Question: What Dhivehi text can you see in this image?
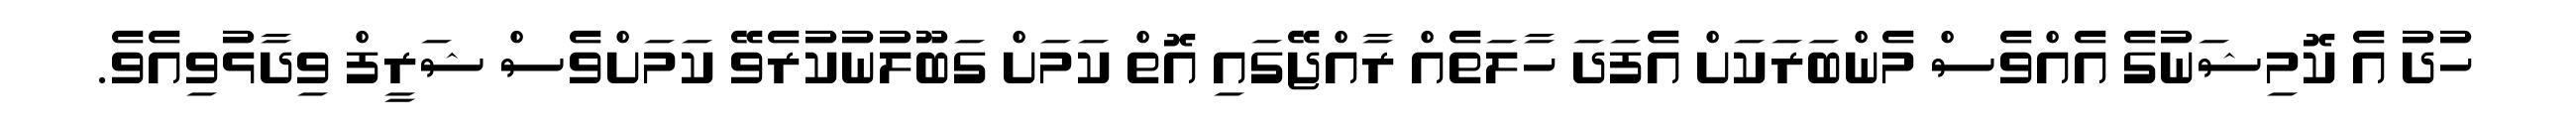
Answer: ހުދު އެ ކޮމިޝަނުގެ އެއްވެސް މެންބަރަކަށް އެފަދަ ހާލަތެއް ރާއްޖޭގައި އޮތް ކަމަށް ގަބޫލުނުކުރެވޭ ކަމަށްވެސް ޝަރީފް ވިދާޅުވިއެވެ.